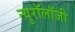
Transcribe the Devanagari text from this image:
न्युरॉलॉजी